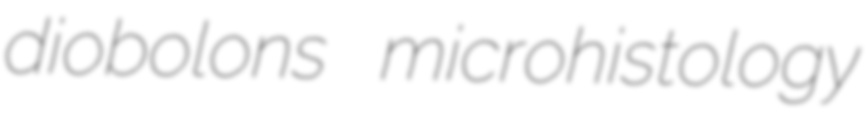
diobolons microhistology